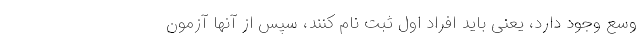
وسع وجود دارد، یعنی باید افراد اول ثبت نام کنند، سپس از آنها آزمون